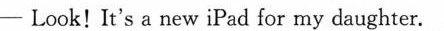
-Look! It's a new iPad for my daughter.